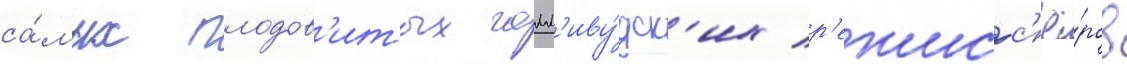
са́мых плодов'итых голл'иву́дск'их р'ежисс'ё́ров